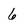
Character: 6